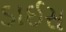
ડાઈસ